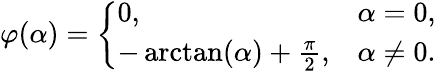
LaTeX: \varphi(\alpha)={\left\{ \begin{array}{ll}{0,}&{\alpha=0,}\\ {-\arctan({\alpha})+{\frac{\pi}{2}},}&{\alpha\neq 0.}\end{array}\right.}